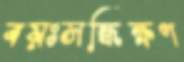
বয়ঃসন্ধিক্ষণ